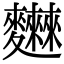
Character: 𪎂